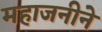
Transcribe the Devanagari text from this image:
महाजनीने